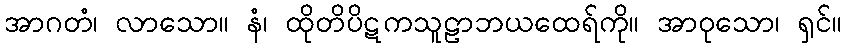
အာဂတံ၊ လာသော။ နံ၊ ထိုတိပိဋကသူဠာဘယထေရ်ကို။ အာဝုသော၊ ရှင်။